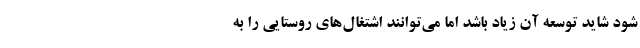
شود شاید توسعه آن زیاد باشد اما می‌توانند اشتغال‌های روستایی را به